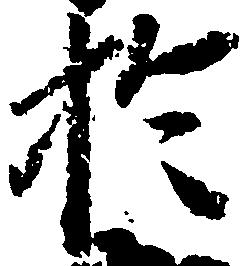
於